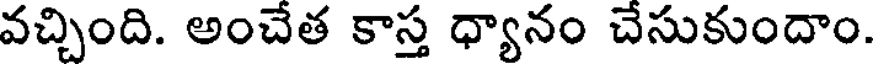
వచ్చింది. అంచేత కాస్త ధ్యానం చేసుకుందాం.